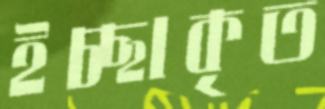
ইচ্ছাকৃত